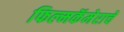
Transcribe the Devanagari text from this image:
फिल्मकॅमेराचे